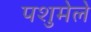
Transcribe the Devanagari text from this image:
पशुमेले